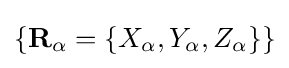
\{\mathbf {R} _{\alpha }=\{X_{\alpha },Y_{\alpha },Z_{\alpha }\}\}